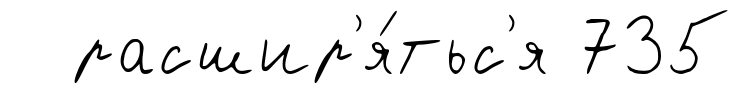
расшир'я́тьс'я 735